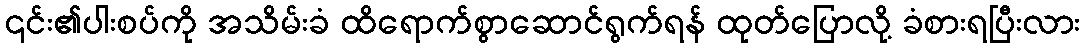
၎င်း၏ပါးစပ်ကို အသိမ်းခံ ထိရောက်စွာဆောင်ရွက်ရန် ထုတ်ပြောလို့ ခံစားရပြီးလား